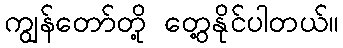
ကျွန်တော်တို့ တွေ့နိုင်ပါတယ်။